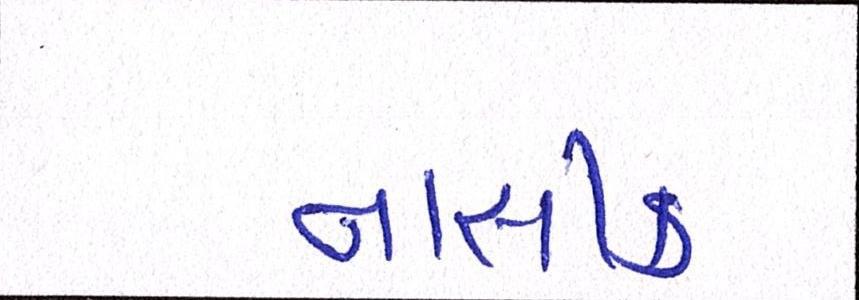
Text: નાસીક